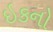
ઇકનો